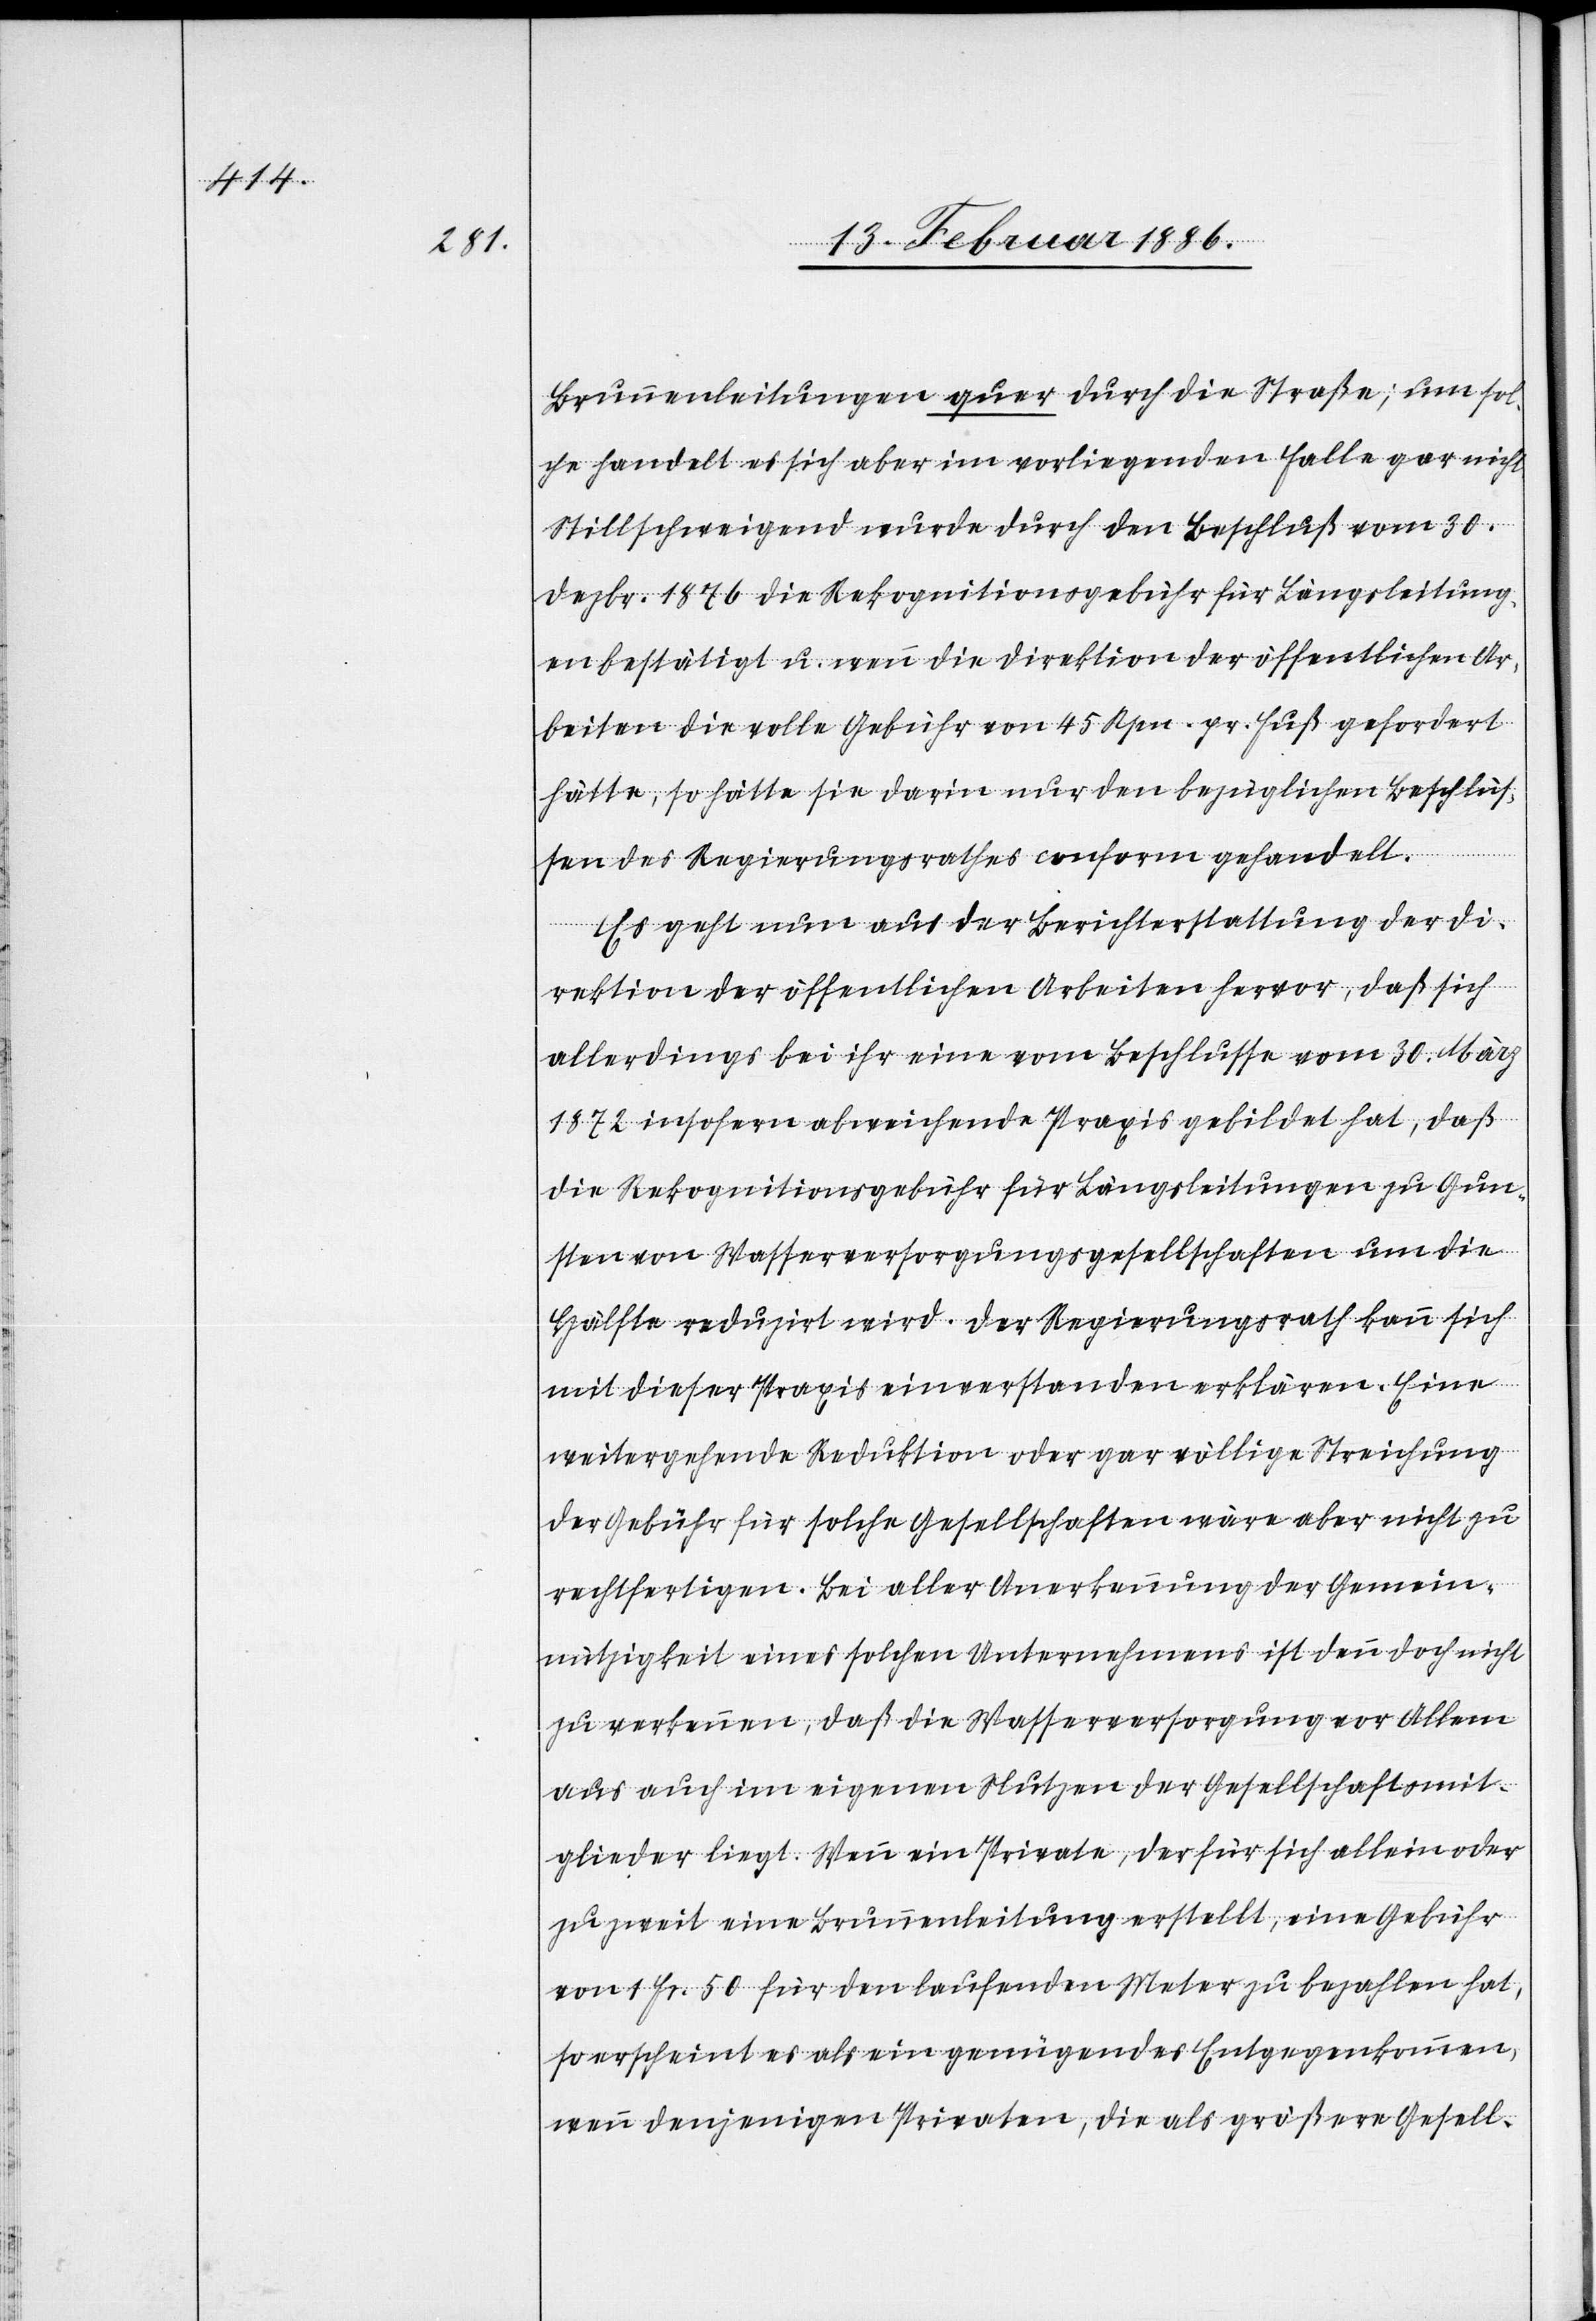
Brunnenleitungen quer durch die Straße; um sol¬
che handelt es sich aber im vorliegenden Falle gar nicht.
Stillschweigend wurde durch den Beschluß vom 30.
Dezbr. 1876 die Rekognitionsgebühr für Längsleitung¬
en bestätigt u. wenn die Direktion der öffentlichen Ar¬
beiten die volle Gebühr von 45 Rpn. pr. Fuß gefordert
hätte, so hätte sie darin nur den bezüglichen Beschlüs¬
sen des Regierungsrathes conform gehandelt.
Es geht nun aus der Berichterstattung der Di¬
rektion der öffentlichen Arbeiten hervor, daß sich
allerdings bei ihr eine vom Beschlusse vom 30. März
1872 insofern abweichende Praxis gebildet hat, daß
die Rekognitionsgebühr für Längsleitungen zu Gun¬
sten von Wasserversorgunggesellschaften um die
Hälfte reduzirt wird. Der Regierungsrath kann sich
mit dieser Praxis einverstanden erklären. Eine
weitergehende Reduktion oder gar völlige Streichung
der Gebühr für solche Gesellschaften wäre aber nicht zu
rechtfertigen. Bei aller Anerkennung der Gemein¬
nützigkeit eines solchen Unternehmens ist denn doch nicht
zu verkennen, daß die Wasserversorgung vor Alle¬
m auch im eigenen Nutzen der Gesellschaftsmit¬
glieder liegt. Wenn ein Private[r], der für sich allein oder
zu zweit eine Brunnenleitung erstellt, eine Gebühr
von 1 Fr. 50 für denn laufenden Meter zu bezahlen hat,
so erscheint es als ein genügendes Entgegenkommen,
wenn denjenigen Privaten, die als größere Gesell-